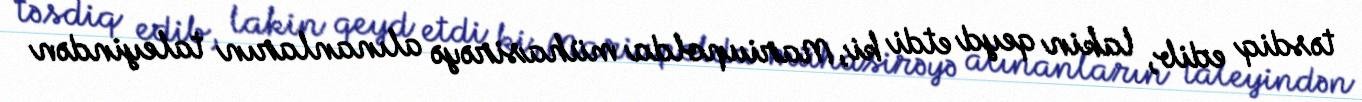
təsdiq edib, lakin qeyd etdi ki, Mariupolda mühasirəyə alınanların taleyindən